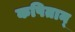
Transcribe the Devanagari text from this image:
कपितान्